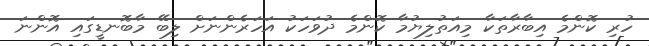
ހުރި ކޮންމެ އިބާރާތަކާ މިއަތުލިޔުމާ ކޮންމެ ދުވަހަކު އަހަރެންނަށް ލިބޭ މާބޮނޑީގައި އޮންނަ